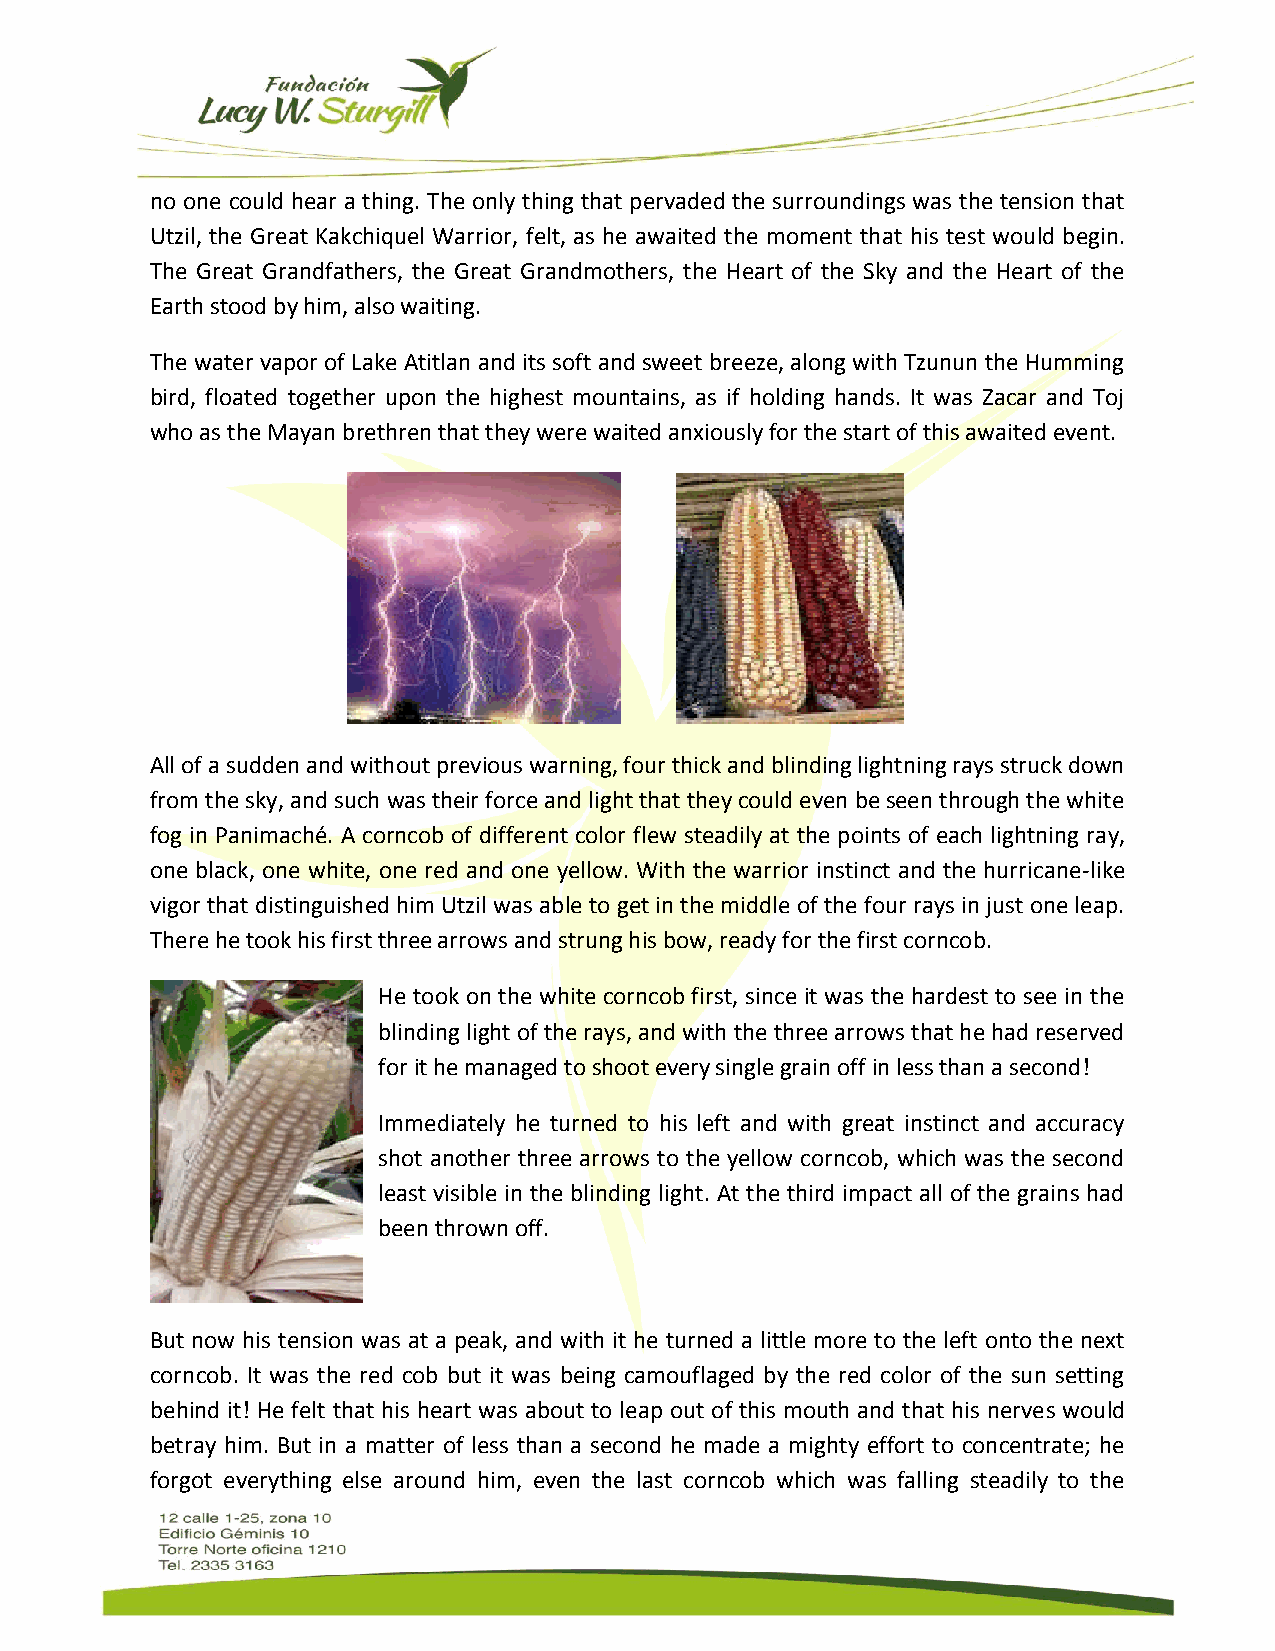
no one could hear a thing. The only thing that pervaded the surroundings was the tension that
 Utzil, the Great Kakchiquel Warrior, felt, as he awaited the moment that his test would begin.
 The Great Grandfathers, the Great Grandmothers, the Heart of the Sky and the Heart of the
 Earth stood by him, also waiting.
 The water vapor of Lake Atitlan and its soft and sweet breeze, along with Tzunun the Humming
 bird, floated together upon the highest mountains, as if holding hands. It was Zacar and Toj
 who as the Mayan brethren that they were waited anxiously for the start of this awaited event.
 All of a sudden and without previous warning, four thick and blinding lightning rays struck down
 from the sky, and such was their force and light that they could even be seen through the white
 fog in Panimaché. A corncob of different color flew steadily at the points of each lightning ray,
 one black, one white, one red and one yellow. With the warrior instinct and the hurricane-like
 vigor that distinguished him Utzil was able to get in the middle of the four rays in just one leap.
 There he took his first three arrows and strung his bow, ready for the first corncob.
 He took on the white corncob first, since it was the hardest to see in the
 blinding light of the rays, and with the three arrows that he had reserved
 for it he managed to shoot every single grain off in less than a second!
 Immediately he turned to his left and with great instinct and accuracy
 shot another three arrows to the yellow corncob, which was the second
 least visible in the blinding light. At the third impact all of the grains had
 been thrown off.
 But now his tension was at a peak, and with it he turned a little more to the left onto the next
 corncob. It was the red cob but it was being camouflaged by the red color of the sun setting
 behind it! He felt that his heart was about to leap out of this mouth and that his nerves would
 betray him. But in a matter of less than a second he made a mighty effort to concentrate; he
 forgot everything else around him, even the last corncob which was falling steadily to the